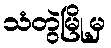
သံတွဲမြို့မှ